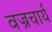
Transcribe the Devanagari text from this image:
वज्रचार्य